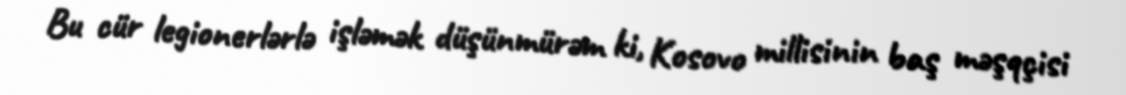
Bu cür legionerlərlə işləmək düşünmürəm ki, Kosovo millisinin baş məşqçisi